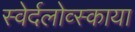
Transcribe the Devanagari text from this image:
स्वेर्दलोव्स्काया